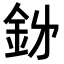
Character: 𮡪